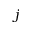
j